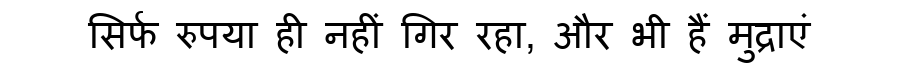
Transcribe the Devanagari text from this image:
सिर्फ रुपया ही नहीं गिर रहा, और भी हैं मुद्राएं